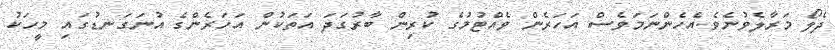
ދެލޯ މަރާލެވުނެވެ.އެހެންނަމަވެސް އަހަރެން ވެއްޓުމުގެ ކުރިން ބާރުގަދަ އަތަކުން އަހަރެންގެ އުނަގަނޑުގައި މީހަކު